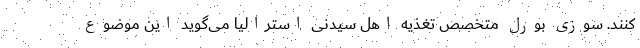
‌کنند. سوزی بورِل متخصص تغذیه اهل سیدنی استرالیا می‌گوید این موضوع